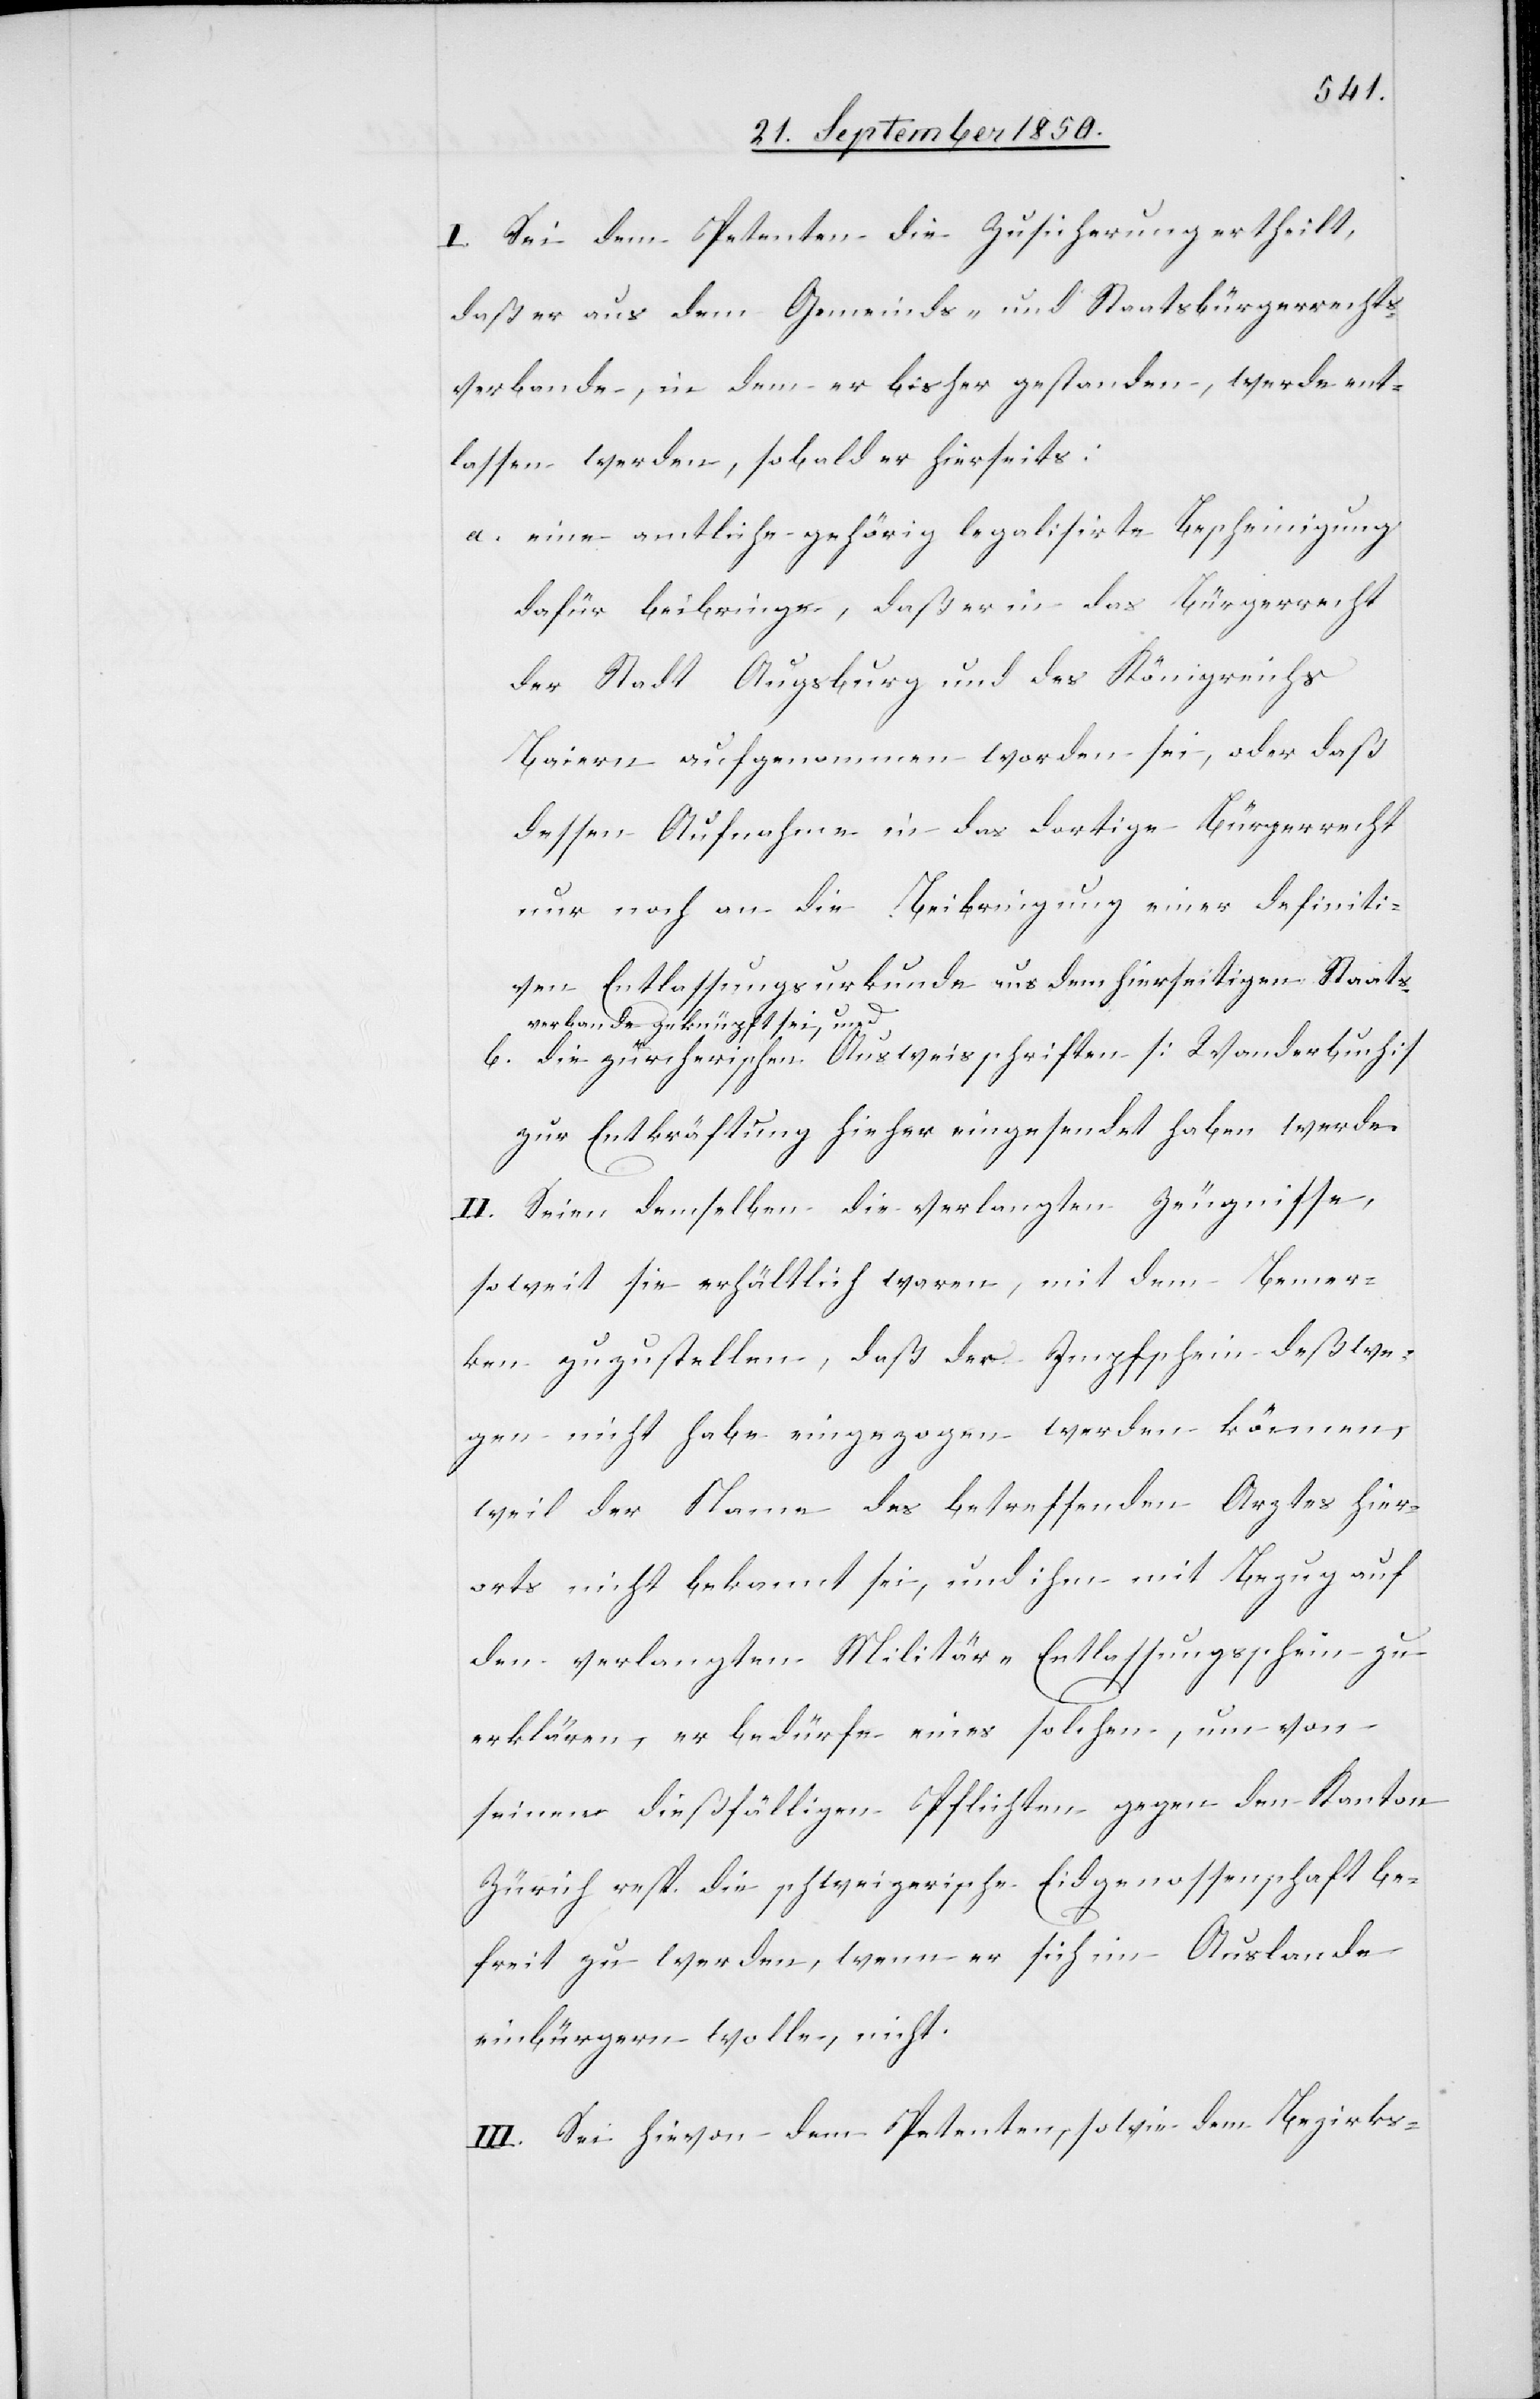
I. Sei dem Petenten die Zusicherung ertheilt,
daß er aus dem Gemeinds- und Staatsbürgerrechts¬
verbande, in dem er bisher gestanden, werde ent¬
lassen werden, sobald er hierseits:
a. eine amtliche gehörig legalisirte Bescheinigung
dafür beibringe, daß er in das Bürgerrecht
der Stadt Augsburg und des Königreichs
Baiern aufgenommen worden sei, oder daß
dessen Aufnahme in das dortige Bürgerrecht
nur noch an die Beibringung einer definiti¬
ven Entlassungsurkunde aus dem hierseitigen Staats¬
verbande geknüpft sei, und
b. die zürcherischen Ausweisschriften [Wanderbuch]
zur Entkräftung hieher eingesendet haben werde.
II. Seien demselben die verlangten Zeugnisse,
soweit sie erhältlich waren, mit dem Bemer¬
ken zuzustellen, daß der Impfschein deßwe¬
gen nicht habe eingezogen werden können,
weil der Name des betreffenden Arztes hier¬
orts nicht bekannt sei, und ihm mit Bezug auf
den verlangten Militär-Entlassungsschein zu
erklären, er bedürfe eines solchen, um von
seinen dießfälligen Pflichten gegen den Kanton
Zürich resp. die schweizerische Eidgenossenschaft be¬
freit zu werden, wenn er sich im Auslande
einbürgern wolle, nicht.
III. Sei hievon dem Petenten, sowie dem Bezirks-